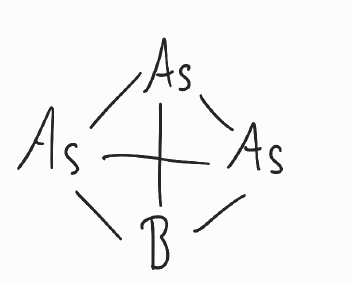
Simplified molecular-input line-entry system (SMILES) notation of the given molecule:
B12[As]3[As]1[As]23